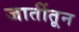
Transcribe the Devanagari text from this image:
जातींतून